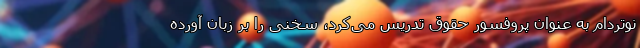
نوتردام به عنوان پروفسور حقوق تدریس می‌کرد، سخنی را بر زبان آورده